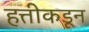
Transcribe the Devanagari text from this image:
हत्तीकडून